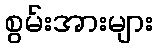
စွမ်းအားများ